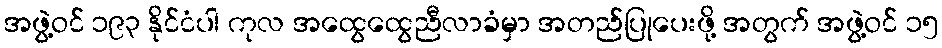
အဖွဲ့ဝင် ၁၉၃ နိုင်ငံပါ ကုလ အထွေထွေညီလာခံမှာ အတည်ပြုပေးဖို့ အတွက် အဖွဲ့ဝင် ၁၅